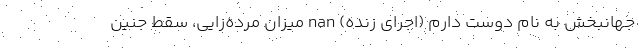
جهانبخش به نام دوست دارم (اجرای زنده) nan میزان مرده‌زایی، سقط جنین